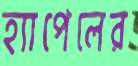
হ্যাপেলের